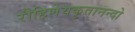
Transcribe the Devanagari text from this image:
रौहिणेयकृतानन्दो